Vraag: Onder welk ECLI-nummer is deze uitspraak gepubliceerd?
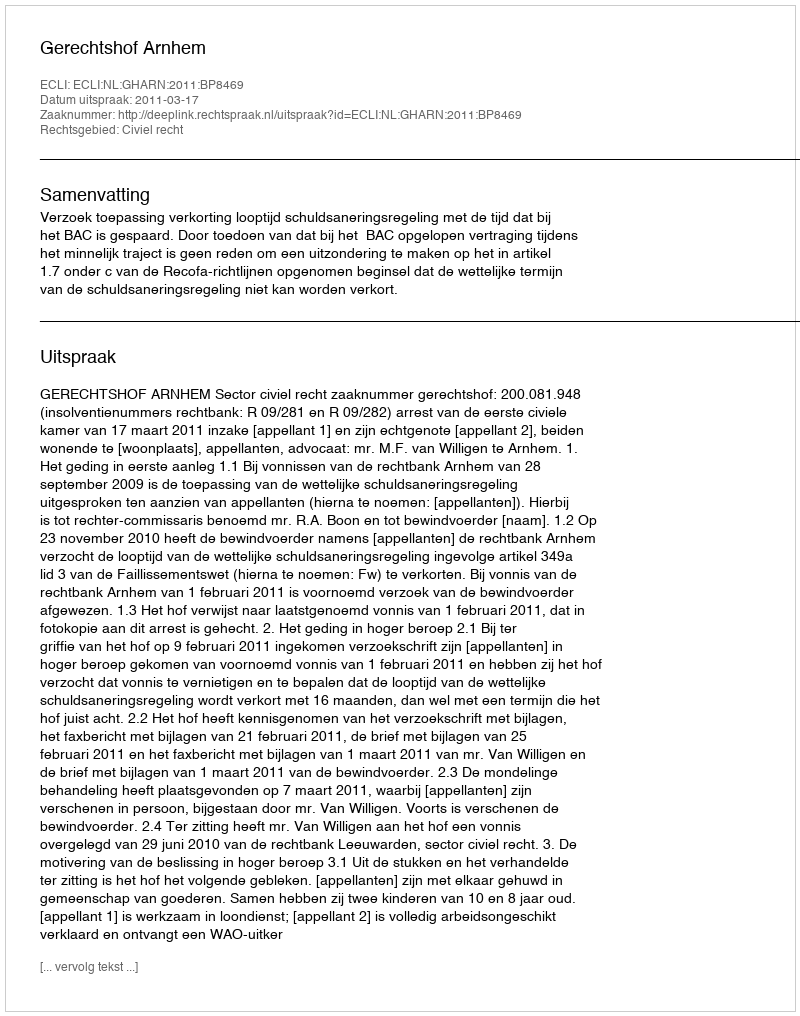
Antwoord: ECLI:NL:GHARN:2011:BP8469